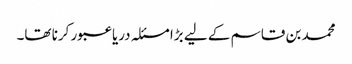
محمد بن قاسم کے لیے بڑا مسئلہ دریا عبور کرنا تھا۔